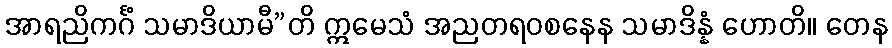
အာရညိကင်္ဂံ သမာဒိယာမီ”တိ ဣမေသံ အညတရဝစနေန သမာဒိန္နံ ဟောတိ။ တေန